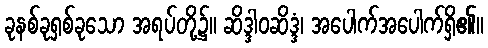
ခုနစ်ခုရှစ်ခုသော အရပ်တို့၌။ ဆိဒ္ဒါဝဆိဒ္ဒံ၊ အပေါက်အပေါက်ရှိ၏။